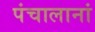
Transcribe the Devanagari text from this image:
पंचालानां